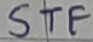
Text: STF